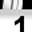
Digit: 1